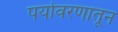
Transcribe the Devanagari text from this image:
पर्यावरणातून